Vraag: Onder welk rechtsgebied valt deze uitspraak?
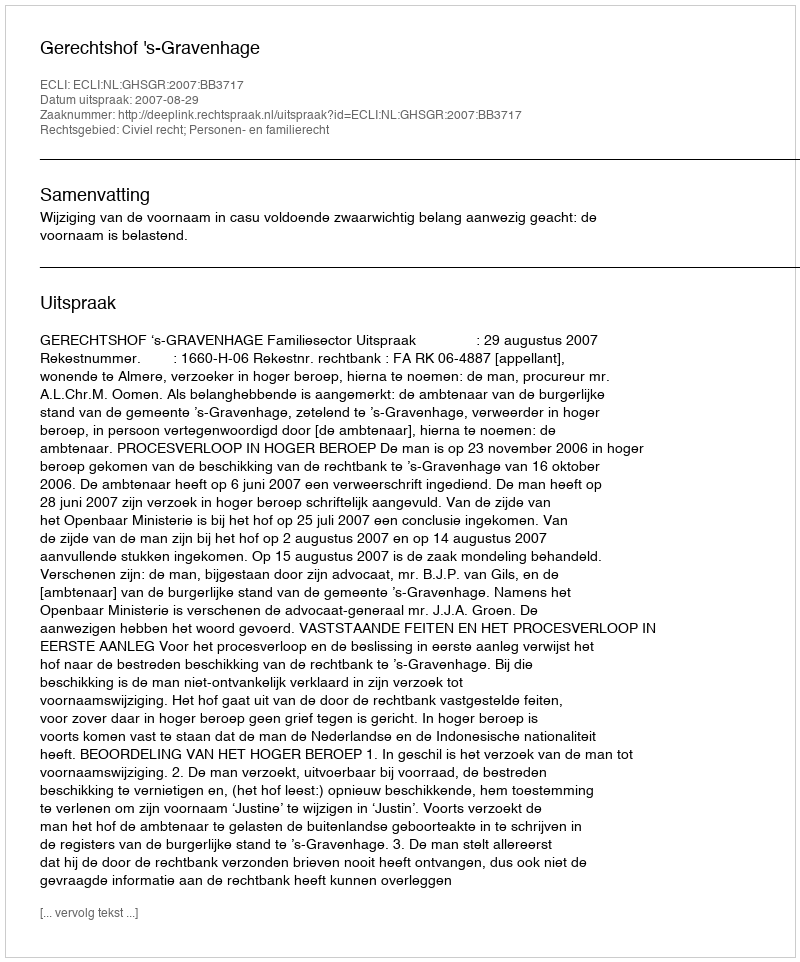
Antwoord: Civiel recht; Personen- en familierecht